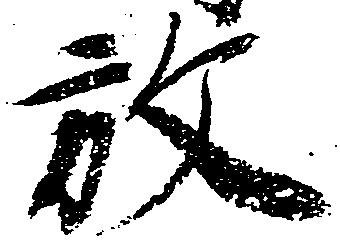
放